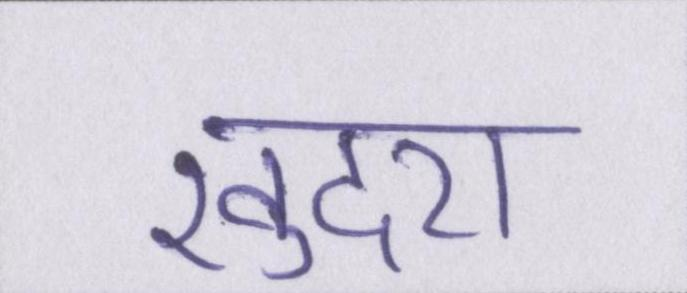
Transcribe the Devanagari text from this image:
खुदरा